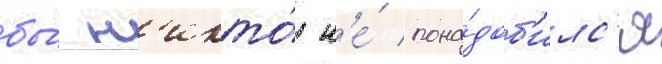
бы́ н'икто́ н'е́ пона́доб'илс'я